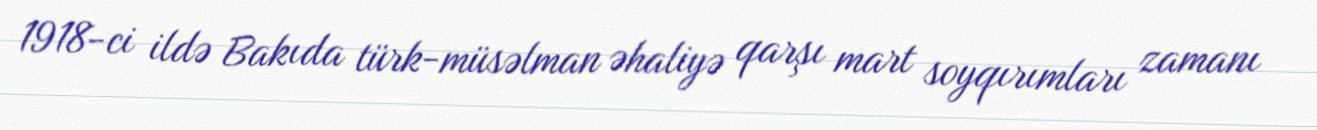
1918-ci ildə Bakıda türk-müsəlman əhaliyə qarşı mart soyqırımları zamanı